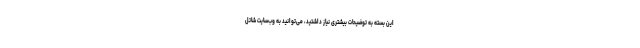
این بسته به توضیحات بیشتری نیاز داشتید، می‌توانید به وب‌سایت شاتل